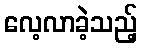
လေ့လာခဲ့သည့်